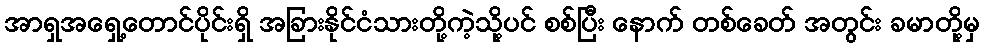
အာရှအရှေ့တောင်ပိုင်းရှိ အခြားနိုင်ငံသားတို့ကဲ့သို့ပင် စစ်ပြီး နောက် တစ်ခေတ် အတွင်း ခမာတို့မှ